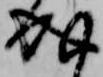
成